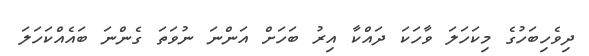
ދިވެހިބަހުގެ މިކަހަލަ ވާހަކަ ދައްކާ އިރު ބަހަށް އަންނަ ނުވަތަ ގެންނަ ބައެއްކަހަލަ